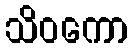
သိဝကော